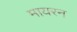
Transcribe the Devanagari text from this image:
मायरन